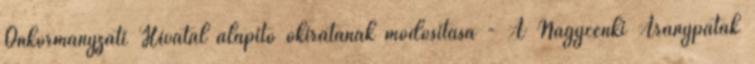
Önkormányzati Hivatal alapító okiratának módosítása - A Nagycenki Aranypatak